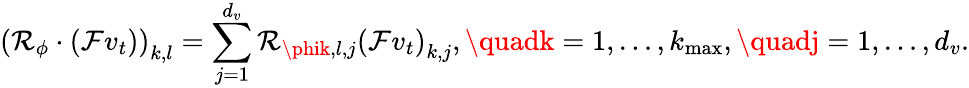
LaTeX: \left(\mathcal{R}_{\phi}\cdot\left(\mathcal{{F}}v_{t}\right)\right)_{k,l}=\sum_{j=1}^{d_{v}}\mathcal{R}_{\phik,l,j}\left(\mathcal{{F}}v_{t}\right)_{k,j},\quadk=1,\ldots,k_{\operatorname*{max}},\quadj=1,\ldots,d_{v}.